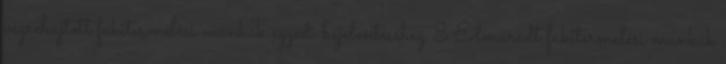
végrehajtott fakitermelési munkák egyedi bejelentéséhez 3 Elmaradt fakitermelési munkák